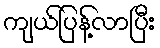
ကျယ်ပြန့်လာပြီး